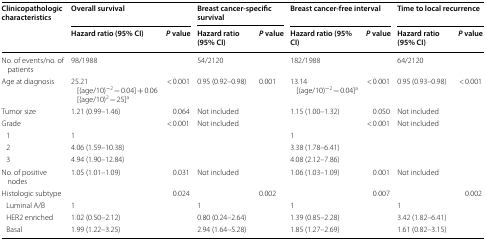
<table><thead><tr><td rowspan="2"><b>Clinicopathologic characteristics</b></td><td colspan="2"><b>Overall survival</b></td><td colspan="2"><b>Breast cancer-specific survival</b></td><td colspan="2"><b>Breast cancer-free interval</b></td><td colspan="2"><b>Time to local recurrence</b></td></tr><tr><td><b>Hazard ratio (95% CI)</b></td><td><b><i>P</i> value</b></td><td><b>Hazard ratio (95% CI)</b></td><td><b><i>P</i> value</b></td><td><b>Hazard ratio (95% CI)</b></td><td><b><i>P</i> value</b></td><td><b>Hazard ratio (95% CI)</b></td><td><b><i>P</i> value</b></td></tr></thead><tbody><tr><td>No. of events/no. of patients</td><td>98/1988</td><td></td><td>54/2120</td><td></td><td>182/1988</td><td></td><td>64/2120</td><td></td></tr><tr><td>Age at diagnosis</td><td>25.21 [(age/10)<sup>−2 </sup>− 0.04] + 0.06 [(age/10)<sup>2 </sup>− 25]<sup>a</sup></td><td>&lt; 0.001</td><td>0.95 (0.92–0.98)</td><td>0.001</td><td>13.14 [(age/10)<sup>−2 </sup>− 0.04]<sup>a</sup></td><td>&lt; 0.001</td><td>0.95 (0.93–0.98)</td><td>&lt; 0.001</td></tr><tr><td>Tumor size</td><td>1.21 (0.99–1.46)</td><td>0.064</td><td>Not included</td><td></td><td>1.15 (1.00–1.32)</td><td>0.050</td><td>Not included</td><td></td></tr><tr><td>Grade</td><td></td><td>&lt; 0.001</td><td>Not included</td><td></td><td></td><td>&lt; 0.001</td><td>Not included</td><td></td></tr><tr><td> 1</td><td>1</td><td></td><td></td><td></td><td>1</td><td></td><td></td><td></td></tr><tr><td> 2</td><td>4.06 (1.59–10.38)</td><td></td><td></td><td></td><td>3.38 (1.78–6.41)</td><td></td><td></td><td></td></tr><tr><td> 3</td><td>4.94 (1.90–12.84)</td><td></td><td></td><td></td><td>4.08 (2.12–7.86)</td><td></td><td></td><td></td></tr><tr><td>No. of positive nodes</td><td>1.05 (1.01–1.09)</td><td>0.031</td><td>Not included</td><td></td><td>1.06 (1.03–1.09)</td><td>0.001</td><td>Not included</td><td></td></tr><tr><td>Histologic subtype</td><td></td><td>0.024</td><td></td><td>0.002</td><td></td><td>0.007</td><td></td><td>0.002</td></tr><tr><td> Luminal A/B</td><td>1</td><td></td><td>1</td><td></td><td>1</td><td></td><td>1</td><td></td></tr><tr><td> HER2 enriched</td><td>1.02 (0.50–2.12)</td><td></td><td>0.80 (0.24–2.64)</td><td></td><td>1.39 (0.85–2.28)</td><td></td><td>3.42 (1.82–6.41)</td><td></td></tr><tr><td> Basal</td><td>1.99 (1.22–3.25)</td><td></td><td>2.94 (1.64–5.28)</td><td></td><td>1.85 (1.27–2.69)</td><td></td><td>1.61 (0.82–3.15)</td><td></td></tr></tbody></table>